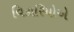
વિકારિયોએ